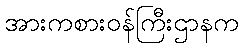
အားကစားဝန်ကြီးဌာနက